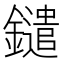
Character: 鑓